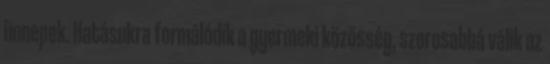
ünnepek. Hatásukra formálódik a gyermeki közösség, szorosabbá válik az